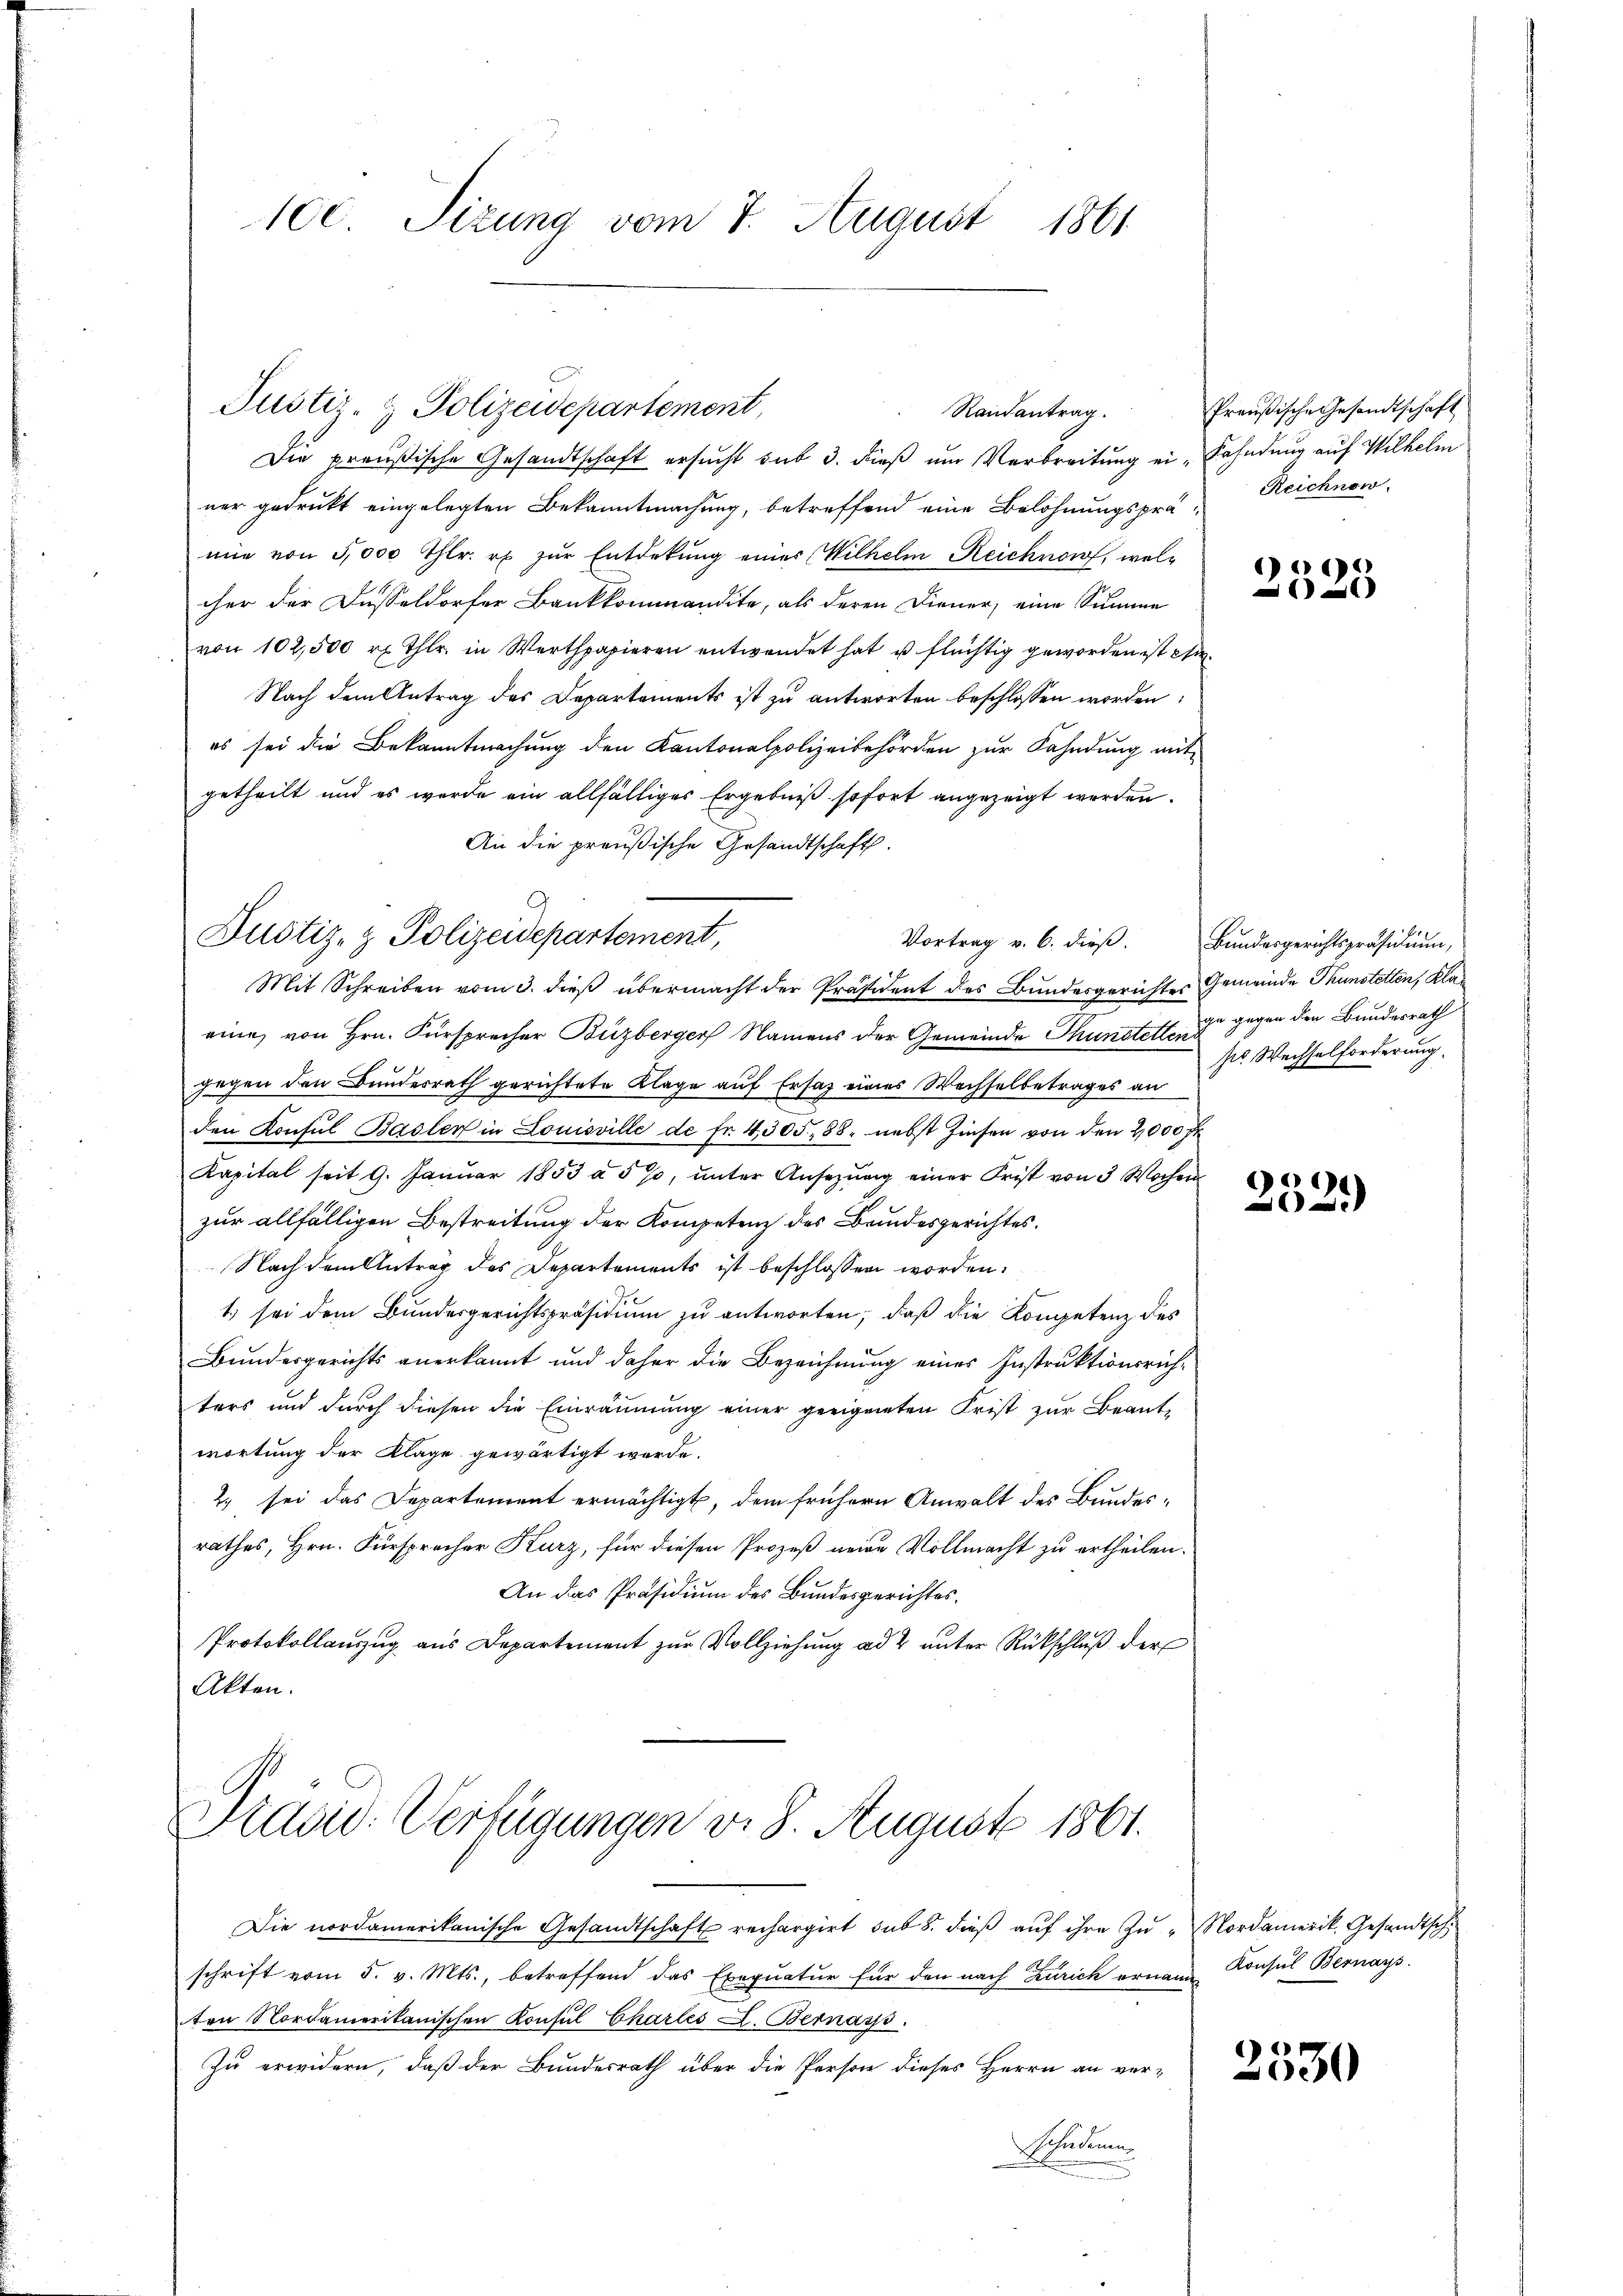
100. Sizung vom 7. August 1861

Justiz- & Polizeidepartement,

Justiz- & Polizeidepartement,
Die preußische Gesandtschaft ersucht sub 3. dieß um Verbreitung ein „Fahndung auf Wilhelm
ner gedruckt eingelegten Bekanntmachung, betreffend eine Belohnungsprä- Reichnow
mie von 5,000 Thlr. rt zŭr Entdekŭng eines Wilhelm Reichnauf, welcher der Dasseldorfer Bankkommandite, als deren Diener, eine Summe
von 102,500 r. Thlr. in Werthpapieren entwendet hat u flüchtig geworden ist es
Nach dem Antrag des Departements ist zu antworten beschlossen worden:
es sei die Bekanntmachung den Kantonalpolizeibehörden zur Fahndung mit
getheilt und es werde ein allfälliges Ergebniß sofort angezeigt werden.
An die preußische Gesandtschaft.
Mit Schreiben vom 3. dieß übermacht der Präsident des Bundesgerichtes Gemeinde Thunstetten, Klaeine von Hrn. Fürsprecher Buzberger Namens der Gemeinde Thunstette zu gegen den Bunderrath
gegen den Bundesrath gerichtete Klage auf Ersatz eines Wechselbetrages an
den Konsul Basler in Louisville de fr. 4305, 88, nebst Zinsen von den 2,000 Fr
Kapital seit 9. Janŭar 1853 à 5 %, ŭnter Ansezŭng einer Frist von 3 Wochen
zur allfälligen Bestreitung der Kompetenz des Brundesgerichtes.
Nach dem Antrag des Departements ist beschlossen worden.
1. sei dem Bundesgerichtspräsidium zu antworten, daß die Kompetenz des
Bundesgerichts anerkannt und daher die Bezeichnung eines Instruktionsrich-
ters und durch diesen die Einräumung einer geeigneten Frist zur Beantwortung der Klage gewärtigt werde.
2) sei das Departement ermächtigt, dem frühern Anwalt des Bundesrathes, Hrn. Fürsprecher Kurz, für diesen Prozeß neine Vollmacht zu ertheilen.
An das Präsidium des Bundesgerichtes.
Protokollauszug aus Departement zur Vollziehung ad 2 unter Rückschluß der
Akten.
Stadio: Verfügungen v. 8. August 1861.
Die nordamerikanische Gesandtschaft rechargirt sub 8. dieß auf ihre zu Nordamerik. Gesandtsch
schrift vom 5. v. Mts., betreffend das Exequatur für den nach Zürich ernann Konsul Bernays.
ten Nordamerikanischen Konsul Charles L. Bernass.
Zu erwidern, daß der Bundesrath über die Person dieses Herrn an ver-
Schustum

Randantrag.

Preußische Gesandtschaft

6
1

Vortrag v. 6. dieß. Bundesgerichtspräsidium,
ses Wechselforderung.

e
2)

2530